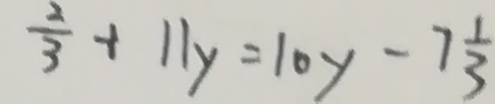
\frac { 2 } { 3 } + 1 1 y = 1 0 y - 7 \frac { 1 } { 3 }